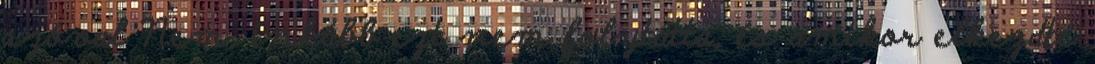
szóval Nem, inkább ezt nem folytatta, és amikor elkezdte